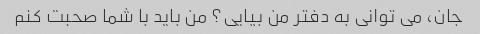
جان، می توانی به دفتر من بیایی؟ من باید با شما صحبت کنم